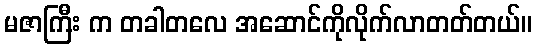
မဇာကြီး က တခါတလေ အဆောင်ကိုလိုက်လာတတ်တယ်။